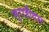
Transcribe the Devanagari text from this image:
सुराहीदार